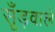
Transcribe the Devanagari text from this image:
सूँड़वाले